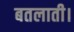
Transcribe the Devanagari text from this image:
बतलाती।